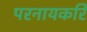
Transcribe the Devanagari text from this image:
परनायकरि